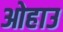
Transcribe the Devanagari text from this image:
ओहाउ